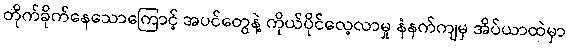
တိုက်ခိုက်နေသောကြောင့် အပင်တွေနဲ့ ကိုယ်ပိုင်လေ့လာမှု နံနက်ကျမှ အိပ်ယာထဲမှာ